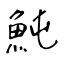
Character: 魨